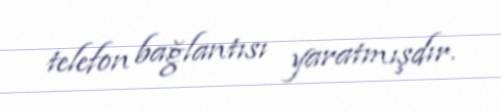
telefon bağlantısı yaratmışdır.